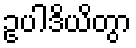
ဥပါဒိယိတွာ